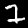
Label: 7